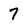
Character: 7